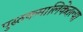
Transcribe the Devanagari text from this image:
पुस्तकमालिकेतल्या